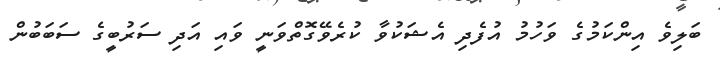
ބަލިވެ އިންކަމުގެ ވަހުމު އުފެދި އެޝަކުވާ ކުރެވޭގޮތްވަނީ ވައި އަދި ސަރުބީގެ ސަބަބުން